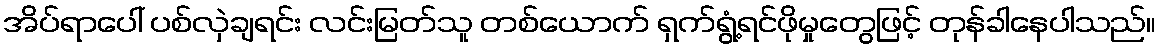
အိပ်ရာပေါ် ပစ်လှဲချရင်း လင်းမြတ်သူ တစ်ယောက် ရှက်ရွံ့ရင်ဖိုမှုတွေဖြင့် တုန်ခါနေပါသည်။